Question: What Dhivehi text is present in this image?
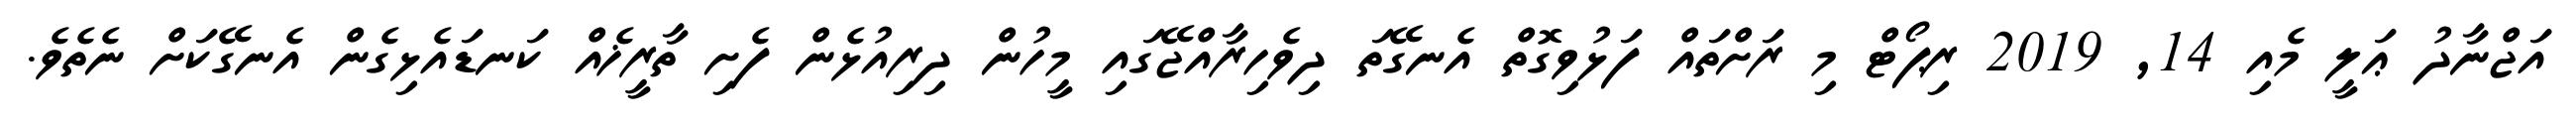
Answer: އަޖްނާދު ޢަލީ މެއި 14, 2019 ރިޕޯޓް މި ރަށްތައް ފަޅުވިގޮތް އެނގޭތަ ދިވެހިރާއްޖޭގައި މީހުން ދިރިއުޅެން ފެށި ތާރީޚެއް ކަނޑައެޅިގެން އެނގޭކަށް ނެތެވެ.